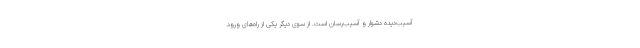
آسیب‌دیده دشوار و آسیب‌رسان است. از سوی دیگر یکی از راه‌های ورود